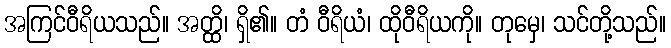
အကြင်ဝီရိယသည်။ အတ္ထိ၊ ရှိ၏။ တံ ဝီရိယံ၊ ထိုဝီရိယကို။ တုမှေ၊ သင်တို့သည်။